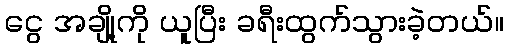
ငွေ အချို့ကို ယူပြီး ခရီးထွက်သွားခဲ့တယ်။